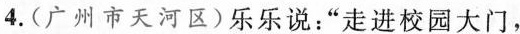
4.(广州市天河区)乐乐说：”走进校园大门，